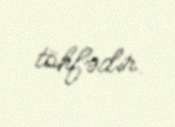
töhfədir.